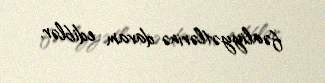
fəaliyyətlərinə davam ediblər.